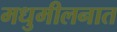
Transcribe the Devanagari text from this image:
मधुमीलनात